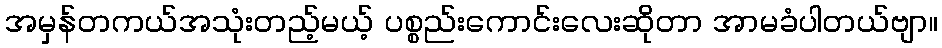
အမှန်တကယ်အသုံးတည့်မယ့် ပစ္စည်းကောင်းလေးဆိုတာ အာမခံပါတယ်ဗျာ။